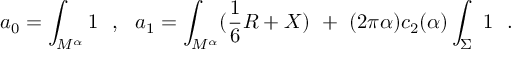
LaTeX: a _ { 0 } = \int _ { M ^ { \alpha } } 1 ~ ~ , ~ ~ a _ { 1 } = \int _ { M ^ { \alpha } } ( { \frac { 1 } { 6 } } R + X ) ~ + ~ ( 2 \pi \alpha ) c _ { 2 } ( \alpha ) \int _ { \Sigma } ~ 1 ~ ~ .